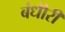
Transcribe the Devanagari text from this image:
बंधौैरी